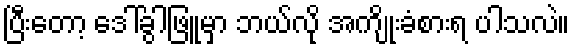
ပြီးတော့ ဒေါ်ခွါဖြူမှာ ဘယ်လို အကျိုးခံစားရ ပါသလဲ။